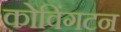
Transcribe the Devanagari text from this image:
कोविंगटन